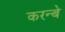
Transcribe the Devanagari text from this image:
करन्बे